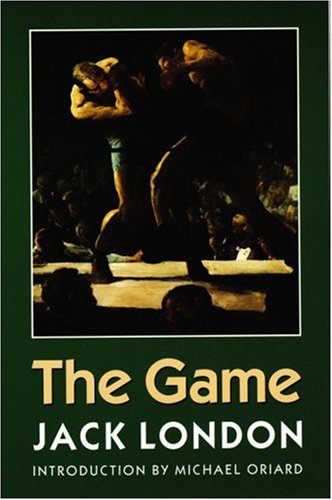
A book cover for The Game; Jack London; Literature & Fiction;